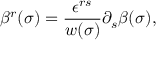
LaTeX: \beta ^ { r } ( \sigma ) = \frac { \epsilon ^ { r s } } { w ( \sigma ) } \partial _ { s } \beta ( \sigma ) ,